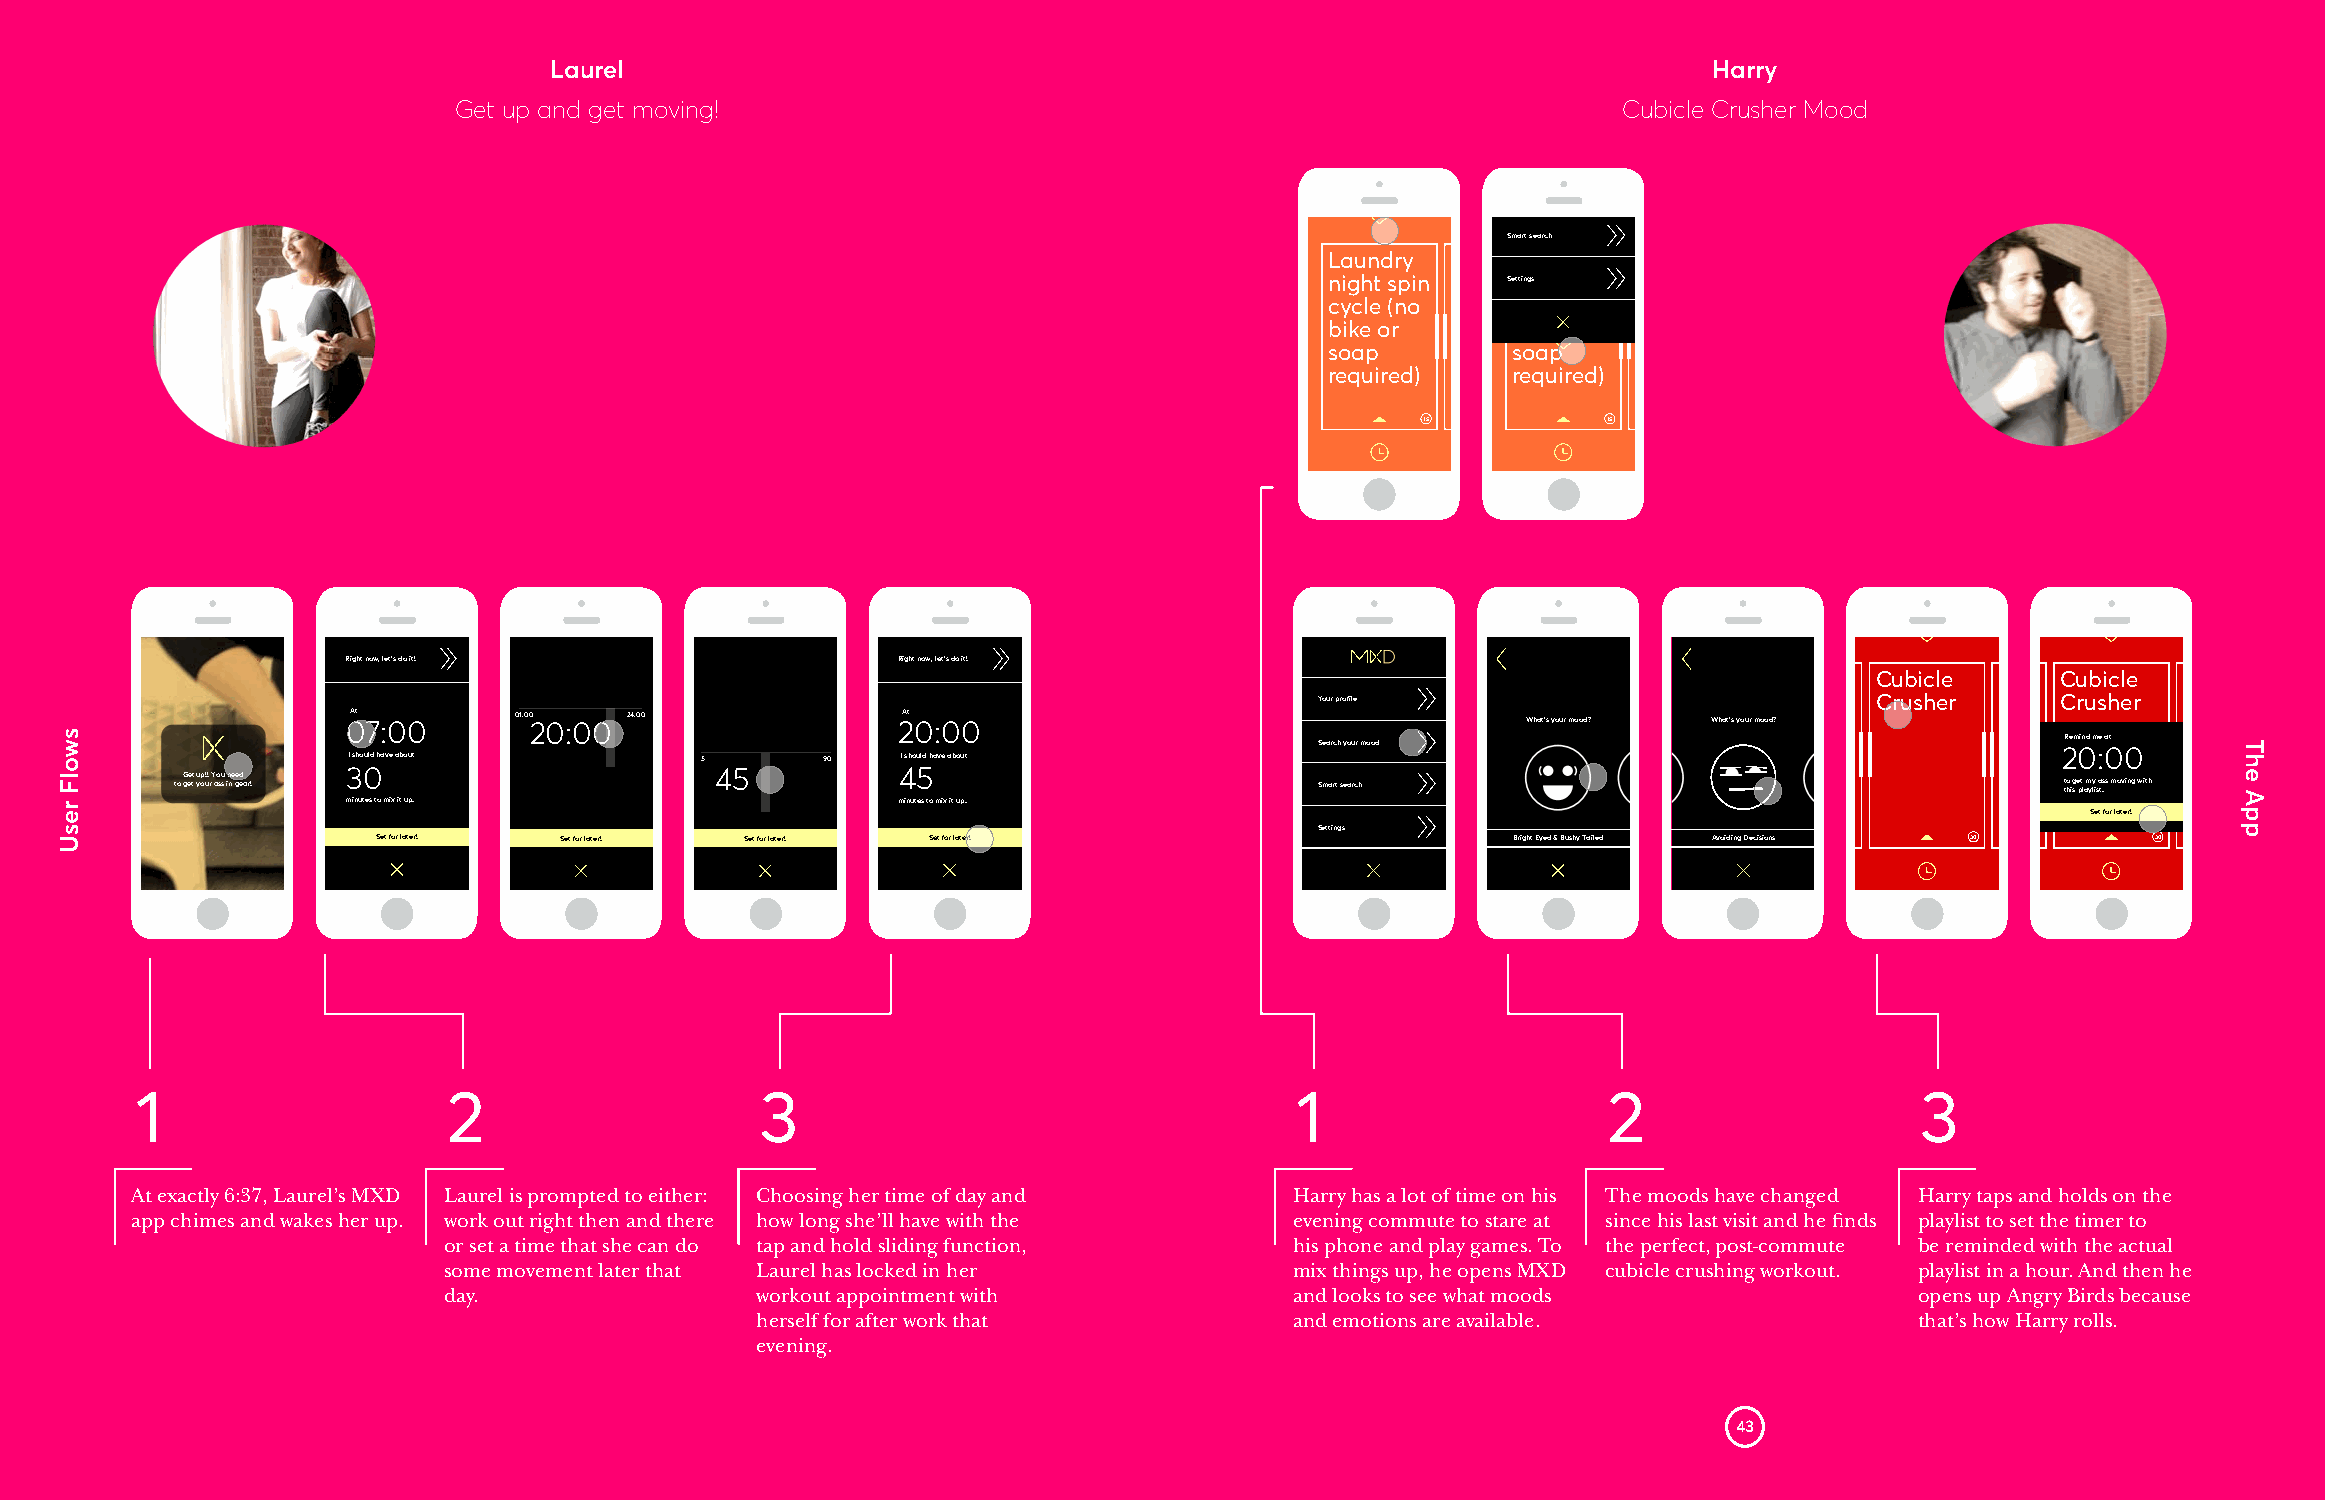
Laurel                                                                       Harry
 Get up and get moving!                                                       Cubicle Crusher Mood
 Smart search
 Laundry     Laundry
 night spin  Senttiniggs ht spin
 cycle (no   cycle (no
 bike or     bike or
 soap        soap
 required)   required)
 15          15
 Right now, let’s do it!             Right now, let’s do it!
 Cubicle     Cubicle
 Your profile                         Crusher     Crusher
 0At 7:00   01:00 20:00 24:00        2At 0:00                                  What’s your mood? What’s your mood?
 Remind me at Search your mood 20:00
 I should have about    5       90    I should have about
 to G gee tt yu op u!! r Y ao su s in ne ge ed ar! 30 45 45                 Smart search                                      t to hi g s e pt l am yy li sa ts .s moving with
 minutes to mix it up.               minutes to mix it up.
 Set for later!
 Settings
 Set for later! Set for later! Set for later! Set for later!                Bright Eyed & Bushy Tailed Avoiding Decisions 30 30
 1                    2                   3                                   1                   2                    3
 At exactly 6:37, Laurel’s MXD Laurel is prompted to either: Choosing her time of day and Harry has a lot of time on his The moods have changed Harry taps and holds on the
 app chimes and wakes her up. work out right then and there how long she’ll have with the evening commute to stare at since his last visit and he finds playlist to set the timer to
 or set a time that she can do tap and hold sliding function, his phone and play games. To the perfect, post-commute be reminded with the actual
 some movement later that Laurel has locked in her        mix things up, he opens MXD cubicle crushing workout. playlist in a hour. And then he
 day.                 workout appointment with            and looks to see what moods              opens up Angry Birds because
 herself for after work that         and emotions are available.              that’s how Harry rolls.
 evening.
 43
 swolF
 resU
 The
 App